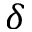
\delta